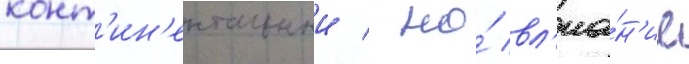
конт'ин'ентальныи / но́ вл'иа́н'ие